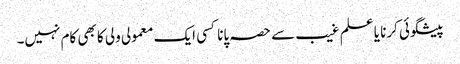
پیشگوئی کرنا یا علم غیب سے حصہ پانا کسی ایک معمولی ولی کا بھی کام نہیں۔